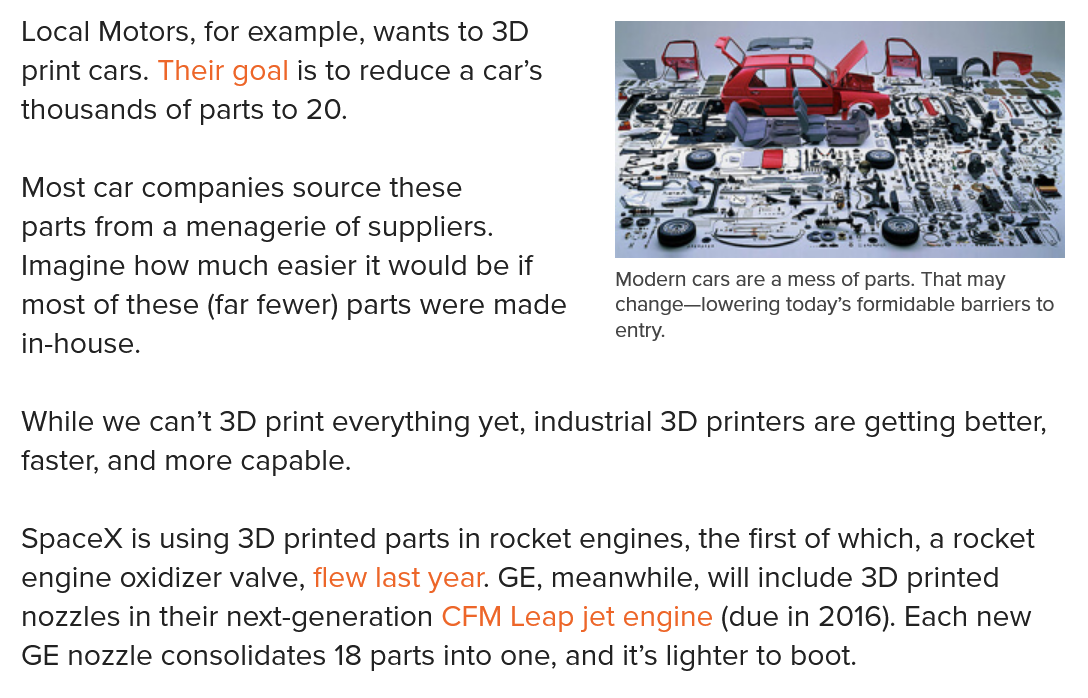
Modern cars are a mess of parts. That may
     change—lowering today’s formidable barriers to
     entry.
  Local Motors, for example, wants to 3D
  print cars. Their goal is to reduce a car’s
  thousands of parts to 20.
  Most car companies source these
  parts from a menagerie of suppliers.
  Imagine how much easier it would be if
  most of these (far fewer) parts were made
  in-house.
  While we can’t 3D print everything yet, industrial 3D printers are getting better,
  faster, and more capable.
  SpaceX  is using 3D printed parts in rocket engines, the first of which, a rocket
  engine oxidizer valve, flew last year. GE, meanwhile, will include 3D printed
  nozzles in their next-generation CFM Leap jet engine (due in 2016). Each new
  GE nozzle consolidates 18 parts into one, and it’s lighter to boot.